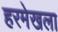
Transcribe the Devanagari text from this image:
हरमेखला